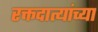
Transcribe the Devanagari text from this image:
रक्तदात्यांच्या